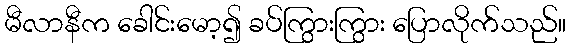
မီလာနီက ခေါင်းမော့၍ ခပ်ကြွားကြွား ပြောလိုက်သည်။